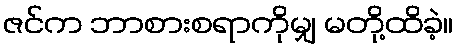
ဇင်က ဘာစားစရာကိုမျှ မတို့ထိခဲ့။